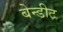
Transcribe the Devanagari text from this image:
बेन्डीट